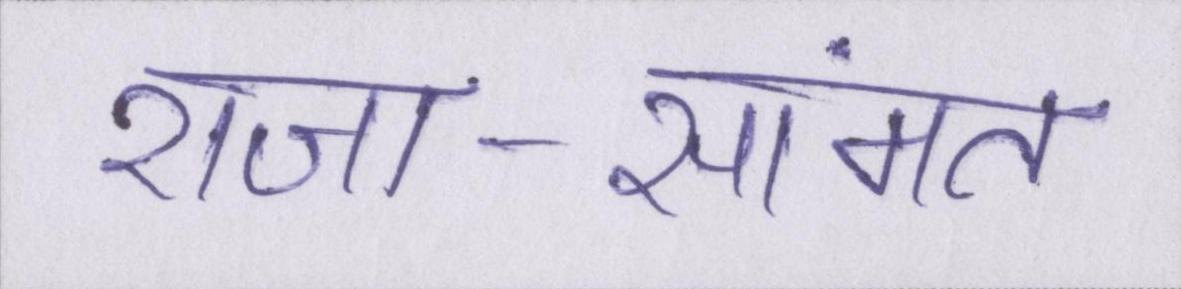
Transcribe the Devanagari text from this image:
राजा-सामंत